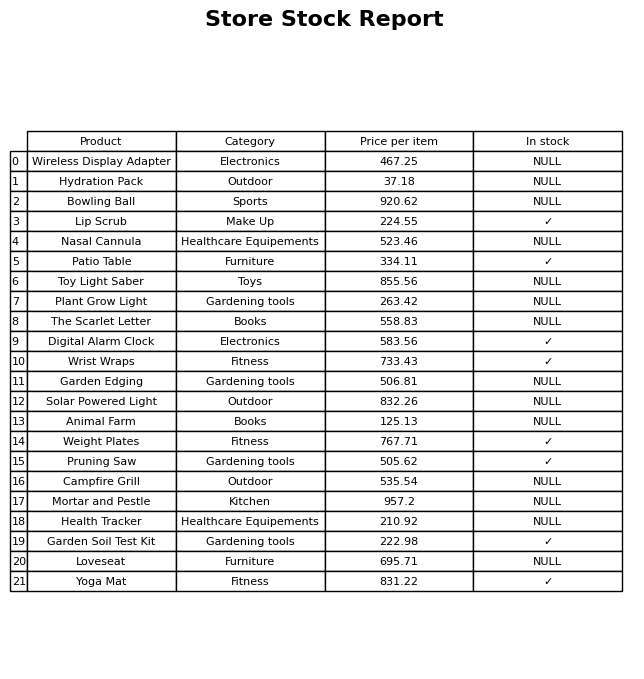
question: Which products are currently out of stock?
answer: Wireless Display Adapter, Hydration Pack, Bowling Ball, Nasal Cannula, Toy Light Saber, Plant Grow Light, The Scarlet Letter, Garden Edging, Solar Powered Light, Animal Farm, Campfire Grill, Mortar and Pestle, Health Tracker, Loveseat